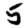
Digit: 5